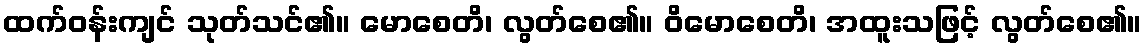
ထက်ဝန်းကျင် သုတ်သင်၏။ မောစေတိ၊ လွတ်စေ၏။ ဝိမောစေတိ၊ အထူးသဖြင့် လွတ်စေ၏။